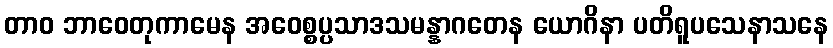
တာဝ ဘာဝေတုကာမေန အဝေစ္စပ္ပသာဒသမန္နာဂတေန ယောဂိနာ ပတိရူပသေနာသနေ